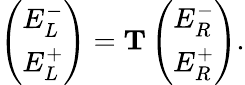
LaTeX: \begin{array}{r}{\left(\begin{array}{l}{E_{L}^{-}}\\ {E_{L}^{+}}\end{array}\right)=\mathbf T\left(\begin{array}{l}{E_{R}^{-}}\\ {E_{R}^{+}}\end{array}\right).}\end{array}